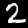
Label: 2